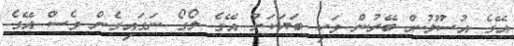
އޭގެ އުސޫލުން ބޭރުން ވަކި ބަޔަކަށް އޭގެ ލޯގޯ ނަގައިގެން ވެސް އޭގެ